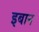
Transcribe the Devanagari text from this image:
इबान